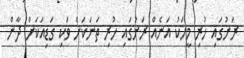
ރަށުގައި ހުރި މީހަކު އަނެއް ރަށުގައި ހުރި ތަނަކަށް ވަކި ގަޑިއަކަށް ދާން